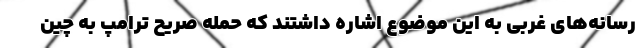
رسانه‌های غربی به این موضوع اشاره داشتند که حمله صریح ترامپ به چین